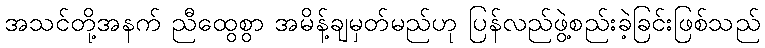
အသင်တို့အနက် ညီထွေစွာ အမိန့်ချမှတ်မည်ဟု ပြန်လည်ဖွဲ့စည်းခဲ့ခြင်းဖြစ်သည်